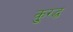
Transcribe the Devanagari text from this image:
कु्रद्ध